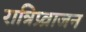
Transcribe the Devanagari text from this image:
रात्रिप्र्व्राजन